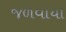
જળવાયા